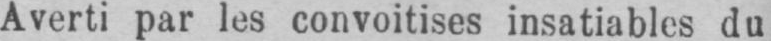
Averti par les convoitises insatiables du